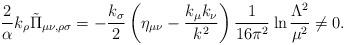
LaTeX: \begin{align*}{2\over \alpha}k_\rho \tilde\Pi_{\mu \nu, \rho \sigma}=-{k_\sigma \over 2}\left(\eta_{\mu \nu}-{k_\mu k_\nu \over k^2}\right){1\over 16\pi^2}\hskip .1truecm {\rm ln} \hskip .05truecm{\Lambda^2\over \mu^2} \neq 0.\end{align*}